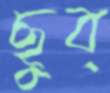
ছুব্